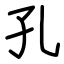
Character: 孔